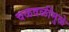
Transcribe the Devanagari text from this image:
चळवळींमुळे